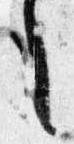
之